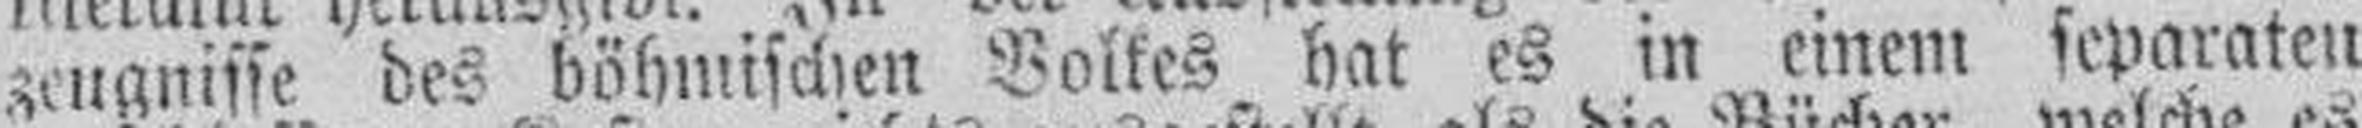
zeugnisse des böhmischen Volkes hat es in einem separaten